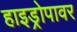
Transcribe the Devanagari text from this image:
हाइड्रोपावर